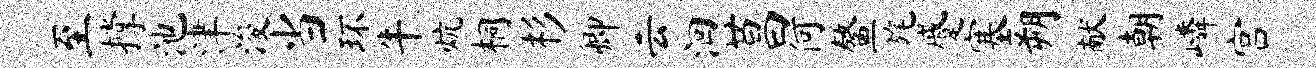
至撑池津浚当环牛炕桐杉卿云洄莒何鳌旄蹙塞朔献朝嶙宫